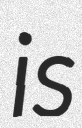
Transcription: is